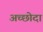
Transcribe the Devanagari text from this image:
अच्छोदा